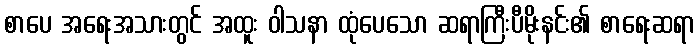
စာပေ အရေးအသားတွင် အထူး ဝါသနာ ထုံပေသော ဆရာကြီးပီမိုးနင်း၏ စာရေးဆရာ